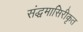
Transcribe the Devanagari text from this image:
संद्धमासिरीकृत